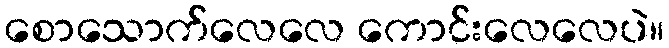
စောသောက်လေလေ ကောင်းလေလေပဲ။